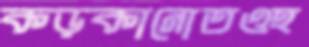
কড়কানোতওহ